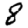
Digit: 8